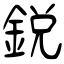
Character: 鋭